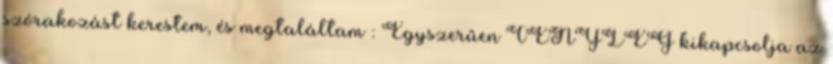
szórakozást kerestem, és megtaláltam : Egyszerűen TÉNYLEG kikapcsolja az